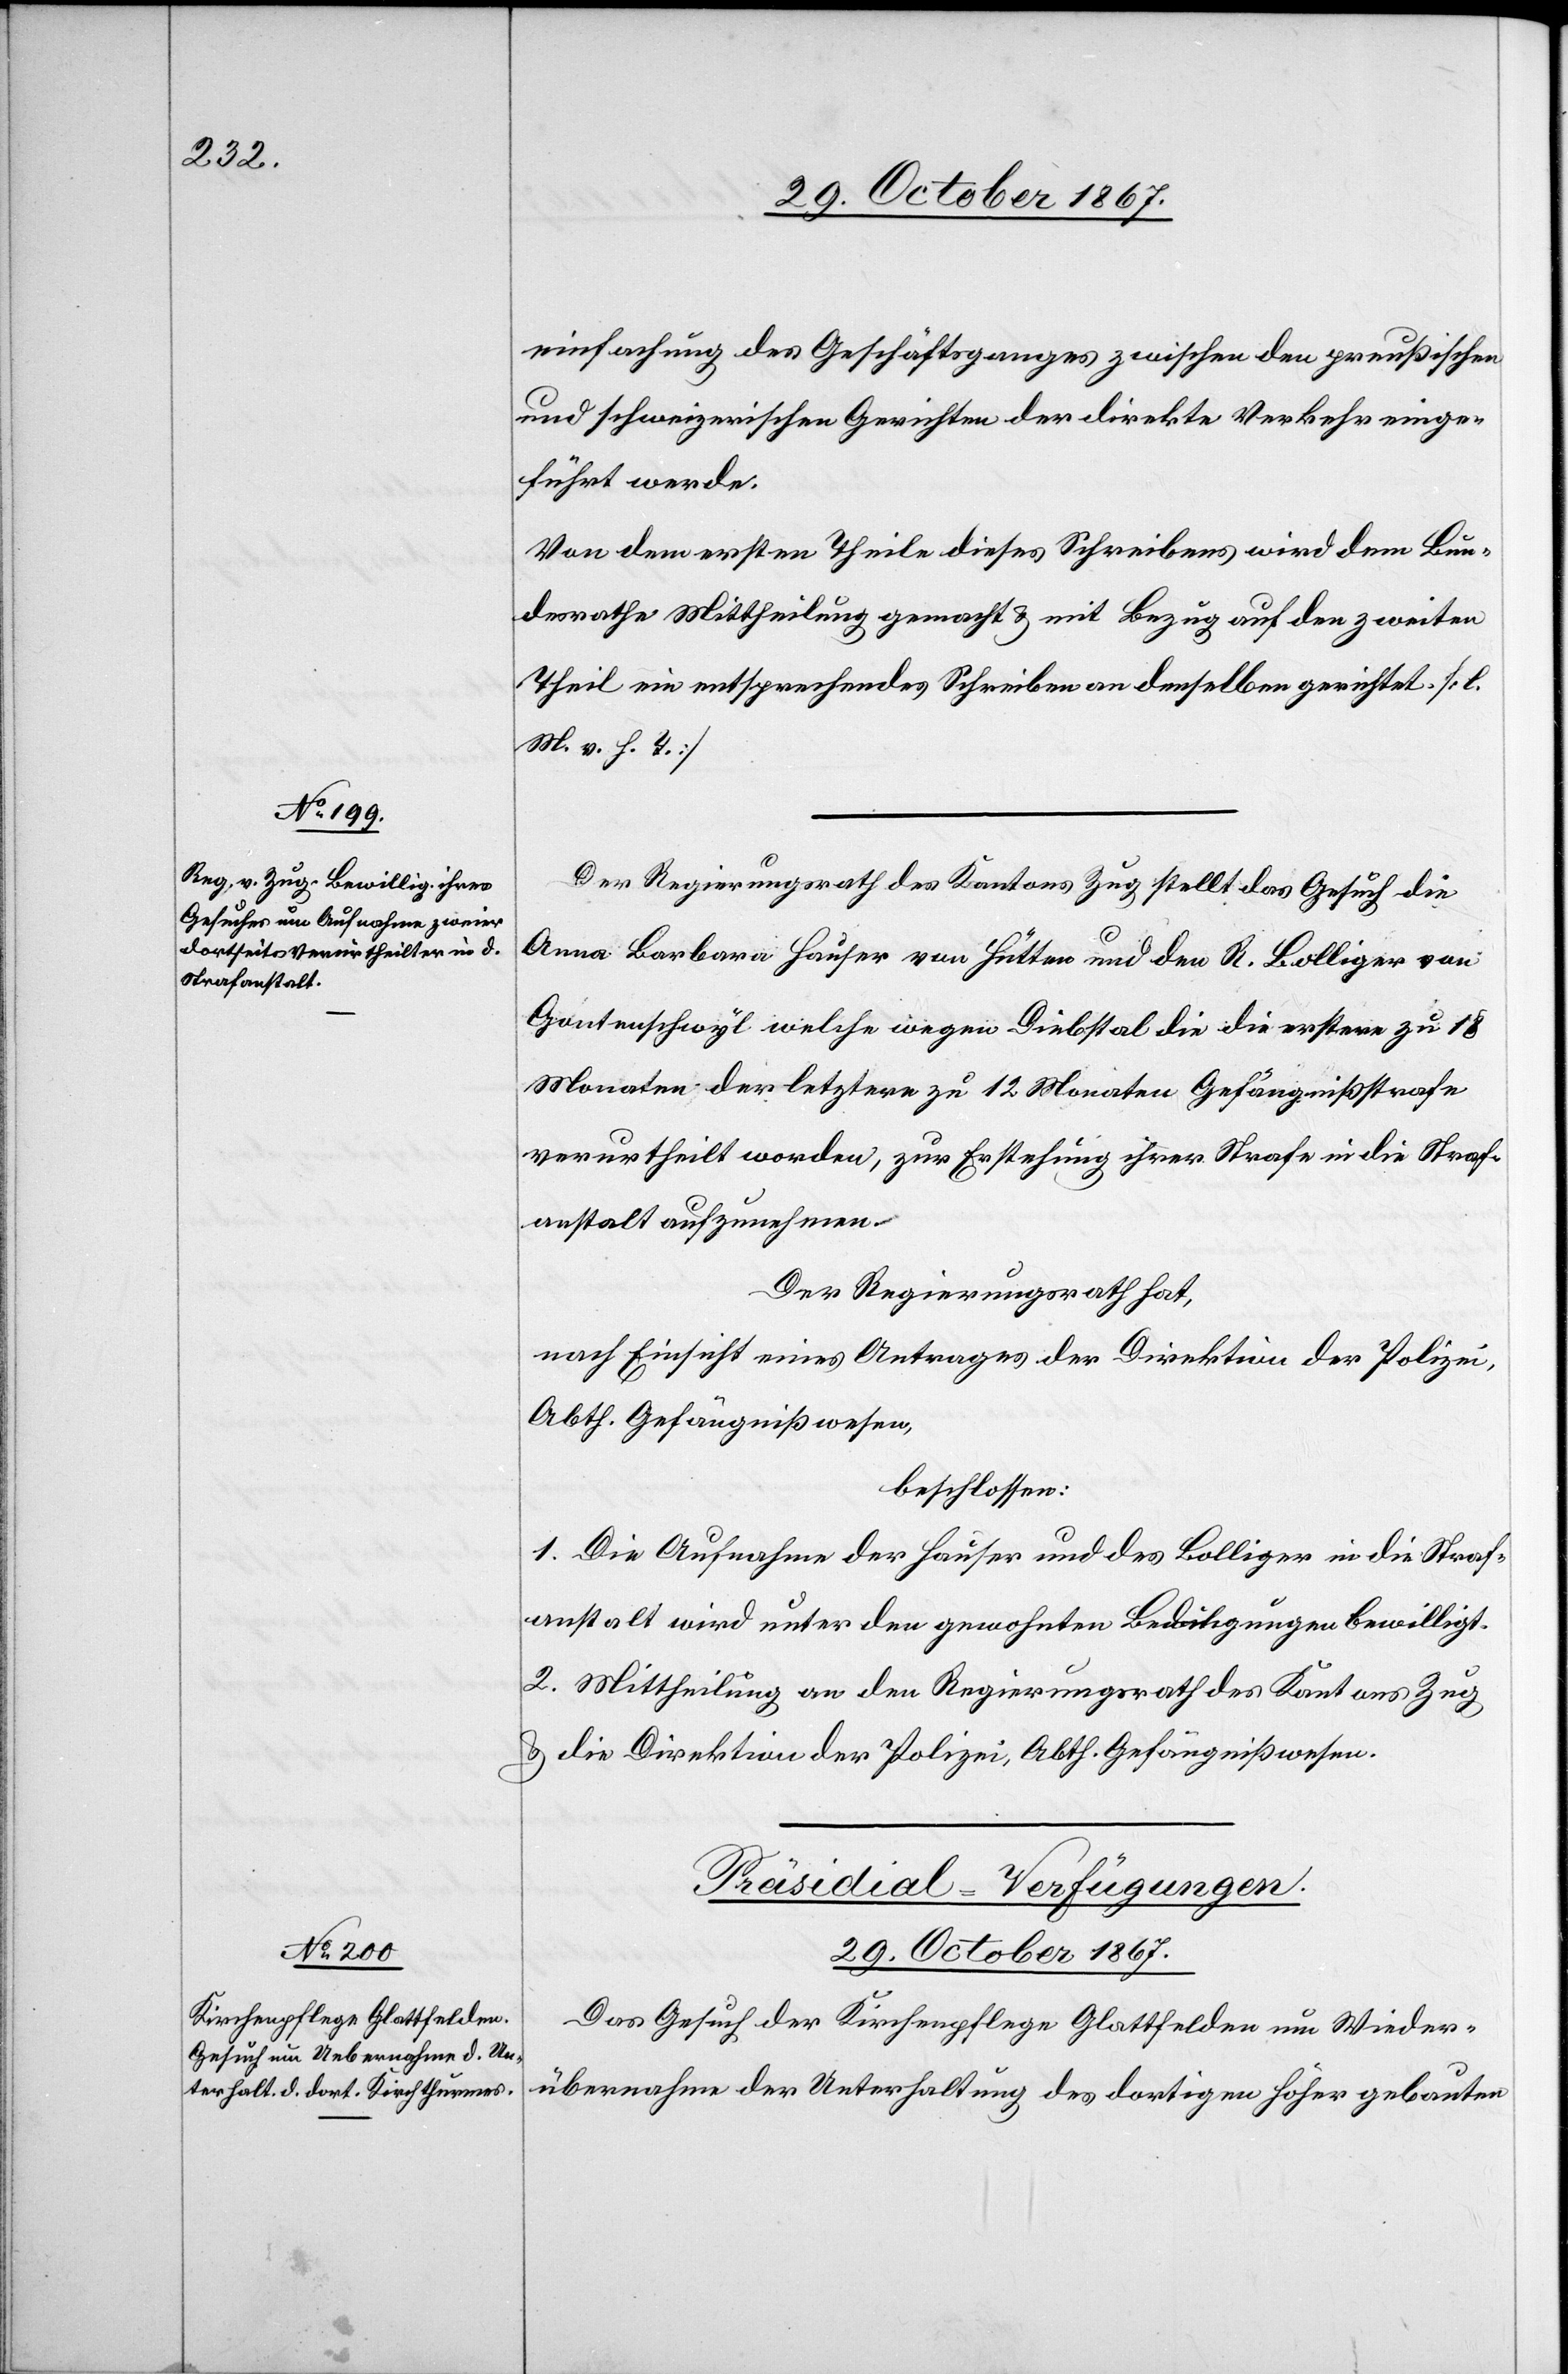
29. October 1867.
einfachung des Geschäftsganges zwischen den preußischen
und schweizerischen Gerichten der direkte Verkehr einge¬
führt werde.
Von dem ersten Theile dieses Schreibens wird dem Bun¬
desrathe Mittheilung gemacht u. mit Bezug auf den zweiten
Theil ein entsprechendes Schreiben an denselben gerichtet [l.
M. v. h. T.]
Der Regierungsrath des Kantons Zug stellt das Gesuch die
Anna Barbara Hauser von Hütten und den R. Bolliger von
Gantenschwyl welche wegen Diebstal die die erstere zu 18
Monaten, der letztere zu 12 Monaten Gefängnißstrafe
verurtheilt worden [sic!], zur Erstehung ihrer Strafe in die Straf¬
anstalt aufzunehmen.
Der Regierungsrath hat,
nach Einsicht eines Antrages der Direktion der Polizei,
Abth. Gefängnißwesen,
beschlossen:
1. Die Aufnahme der Hauser und des Bolliger in die Straf¬
anstalt wird unter den gewohnten Bedingungen bewilligt.
2. Mittheilung an den Regierungsrath des Kantons Zug
u. die Direktion der Polizei, Abth. Gefängnißwesen.
Präsidial-Verfügungen.
Das Gesuch der Kirchenpflege Glattfelden um Wieder¬
übernahme der Unterhaltung des dortigen höher gebauten